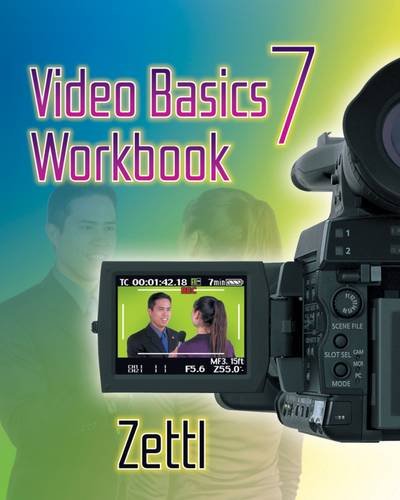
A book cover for Student Workbook for Zettl's Video Basics, 7th (Wadsworth Series in Broadcast and Production); Herbert Zettl; Humor & Entertainment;